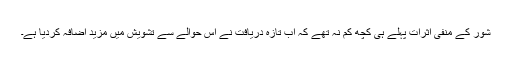
شور کے منفی اثرات پہلے ہی کچھ کم نہ تھے کہ اب تازہ دریافت نے اس حوالے سے تشویش میں مزید اضافہ کردیا ہے۔